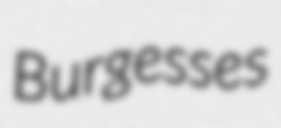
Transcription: Burgesses